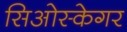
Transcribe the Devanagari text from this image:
सिओस्केगर